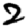
Digit: 2